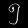
Digit: ၅